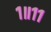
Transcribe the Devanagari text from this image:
१॥११